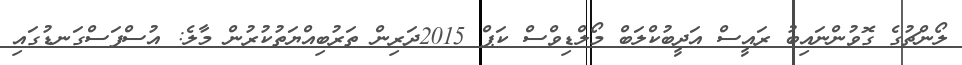
ލޯންޗުގެ ގޮވުންނައިބު ރައީސް އަދީބުކްލަބް މޯލްޑިވްސް ކަޕް 2015ދަރިން ތަރުބިއްޔަތުކުރުން މާލެ: އުސްފަސްގަނޑުގައި